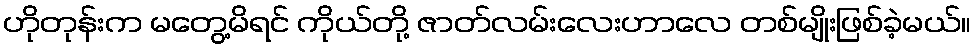
ဟိုတုန်းက မတွေ့မိရင် ကိုယ်တို့ ဇာတ်လမ်းလေးဟာလေ တစ်မျိုးဖြစ်ခဲ့မယ်။